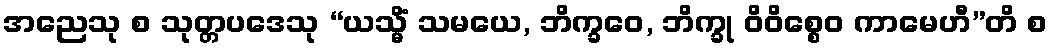
အညေသု စ သုတ္တပဒေသု “ယသ္မိံ သမယေ, ဘိက္ခဝေ, ဘိက္ခု ဝိဝိစ္စေဝ ကာမေဟီ”တိ စ